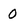
Character: 0